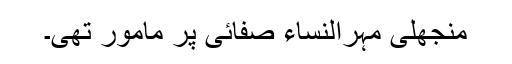
منجھلی مہرالنساء صفائی پر مامور تھی۔